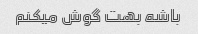
باشه بهت گوش میکنم